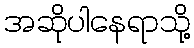
အဆိုပါနေရာသို့